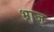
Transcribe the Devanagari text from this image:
भ्राज्